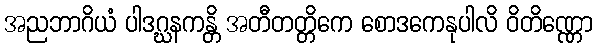
အညဘာဂိယံ ပါဒဂ္ဃနကန္တိ အတီတတ္တိကေ စောဒကေနုပါလိ ဝိတိဏ္ဏော